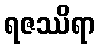
ရဇဿိရာ